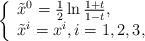
\begin{align*}\left\{ \begin{array}{ll} \tilde{x}^0=\frac{1}{2}\ln\frac{1+t}{1-t},\\\tilde{x}^i=x^i,i=1,2,3, \end{array}\right.\end{align*}